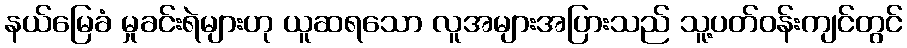
နယ်မြေခံ မှုခင်းရဲများဟု ယူဆရသော လူအများအပြားသည် သူ့ပတ်ဝန်းကျင်တွင်